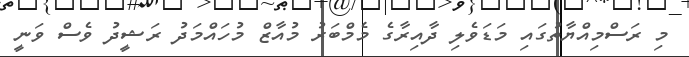
މި ރަސްމިއްޔާތުގައި މަޑަވެލި ދާއިރާގެ މެމްބަރު މުއާޒް މުހައްމަދު ރަޝީދު ވެސް ވަނީ